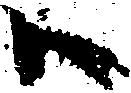
ハ